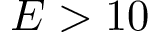
E > 1 0